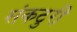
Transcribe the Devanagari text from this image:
संकटुरी